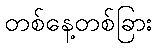
တစ်နေ့တစ်ခြား